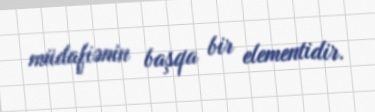
müdafiənin başqa bir elementidir.